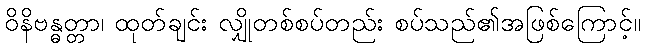
ဝိနိဗန္ဓတ္တာ၊ ထုတ်ချင်း လျှိုတစ်စပ်တည်း စပ်သည်၏အဖြစ်ကြောင့်။